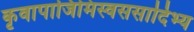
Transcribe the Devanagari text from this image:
कृवापाजिमिस्वससादिभ्य